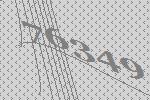
76349